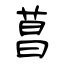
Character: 菖